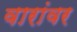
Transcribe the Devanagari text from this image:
वारांवर